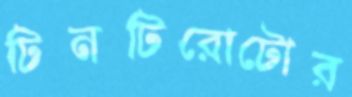
টিনটিরোটোর